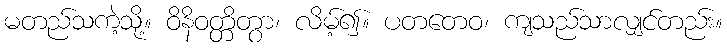
မတည်သကဲ့သို့။ ဝိနိဝတ္တိတွာ၊ လိမ့်၍။ ပတတေဝ၊ ကျသည်သာလျှင်တည်း။